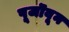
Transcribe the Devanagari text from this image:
पूजॊवून